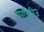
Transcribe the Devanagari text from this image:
एरडिविज